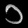
Digit: ၁